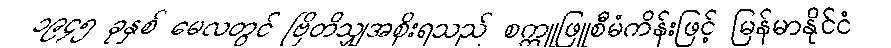
၁၉၄၅ ခုနှစ် မေလတွင် ဗြိတိသျှအစိုးရသည် စက္ကူဖြူစီမံကိန်းဖြင့် မြန်မာနိုင်ငံ